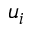
u _ { i }